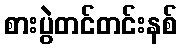
စားပွဲတင်တင်းနစ်